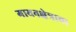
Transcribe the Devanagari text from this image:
गायनक्षेत्राचा